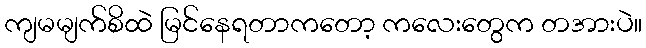
ကျမမျက်စိထဲ မြင်နေရတာကတော့ ကလေးတွေက တအားပဲ။